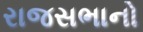
રાજસભાનો